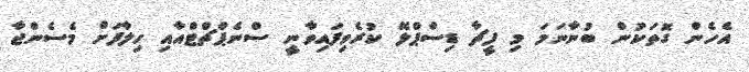
އެހެން ގޮތަކުން ބުނާނަމަ މި ފީޗާ ޑިސްޕްލޭ ކުރެވިފައިވާނީ ސްނެޕްޗްޓްއާއި ހިލާފަށް މެސެންޖާ